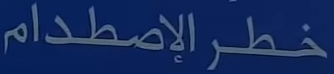
خطرالإصطدام